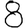
Digit: 8